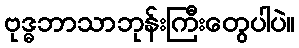
ဗုဒ္ဓဘာသာဘုန်းကြီးတွေပါပဲ။